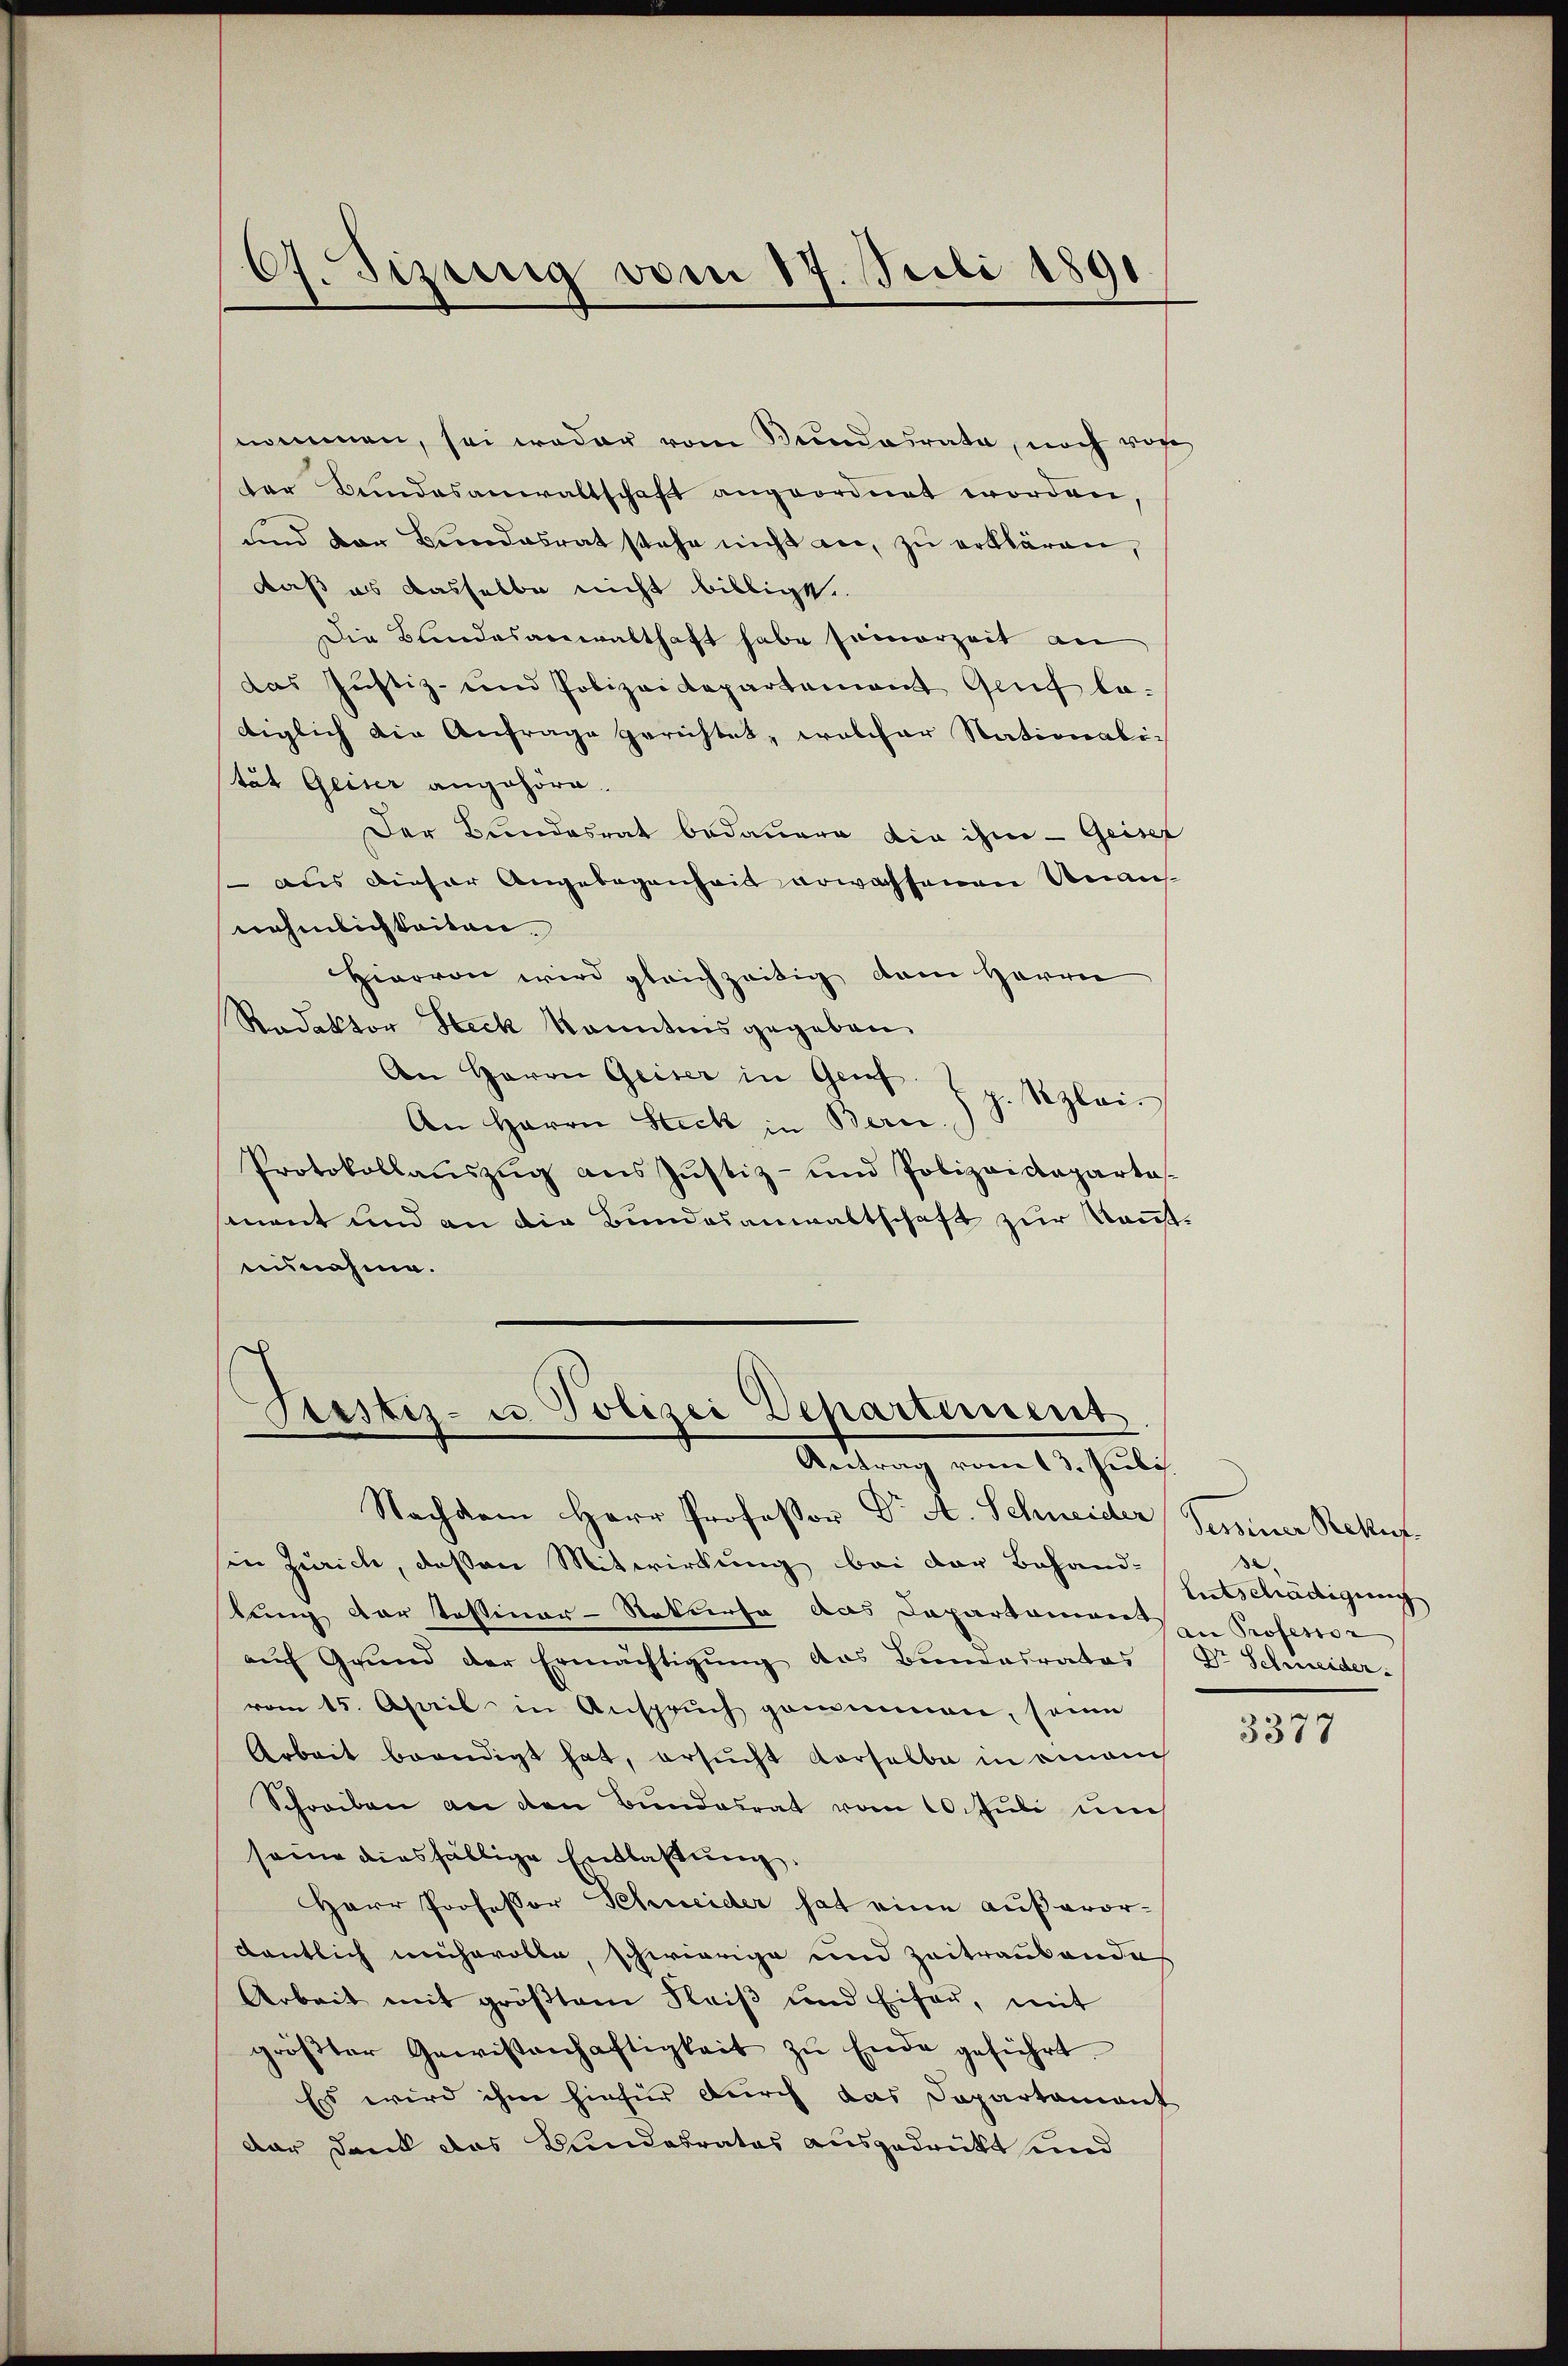
C. Sizung vom 17. Juli 1891.

nommen, sei weder vom Bundesrata, noch von
ter Bundesanwaltschaft angeordnet worden,
und der Bundesrat stehe nicht an, zu erklären,
daß es dasselbe nicht billige.
Die Bandesanwalthaft habe seinerzeit an
das Justiz- und Polizeidepartement Genf ladiglich die Anfrage gerichtet, welcher Nationali-
tät Geiser angehöre.
Der Bundesrat bedauern die ihm - Geiser
 aus dieser Angebogenheit erwachsenen Unannehmlichkeiten.
Hiervon wird gleichzeitig dem Herrn
Redaktor Steck kanntnis gegeben
An Herrn Geiser in Grief.
Rzlei-
An Herrn Steck in Beric
Protokollaŭszŭg ans Jŭstiz- und Polizeidepartas-
sment und an die Bundesanwaltschaft zur Koneinnahme.

Sistiz- u Polizei Departiment
Antrag vom 13. Juli.

Nachdem Herr Professor Dr A. Schweider Semeiner Rekur
sin Zürich, deßen Mitwirkung bei der Behand-
lung der Tessiner-Rekurse das Departamonen Professor
auf Grund der Ermächtigung des Bundesrates
vom 15. April in Anspruch genommen, sein
Arbeit beendigt hat, ersucht verselbe in einauch
Schreiben an den Bundesrat vom 10. Juli um
seine diesfällige Entlaßung.
Herr Professor Schneider hat eine außerordentlich mehrolle, schwierige und Zeitraubende
Arbeit mit gröβtem Fleiβ ŭnd Eifer, mit
gröβter Gewissenhaftigkeit zŭ Ende geführt.
Es wird ihm hiefür durch das Departament
dar Dank das Bundesrates ausgedrückt und

.
Litschädigung
Dr. Schmeider.

3377